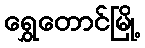
ရွှေတောင်မြို့